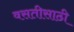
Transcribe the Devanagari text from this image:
वसतीसाठी